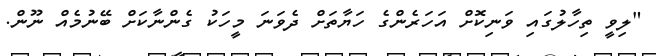
"ލިވީ ތިހާލުގައި ވަނިކޮށް އަހަރެންގެ ހަޔާތަށް ދެވަނަ މީހަކު ގެންނާކަށް ބޭނުމެއް ނޫން.